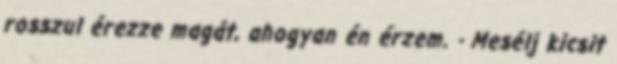
rosszul érezze magát, ahogyan én érzem. - Mesélj kicsit